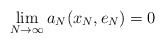
\begin{align*} \lim_{N\to\infty} a_N (x_N,e_N) = 0 \end{align*}